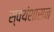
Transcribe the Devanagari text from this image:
स्वयंशासन